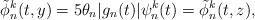
LaTeX: \begin{align*}\tilde{\phi}_n^k (t,y) = 5 \theta_n |g_n(t)|\psi_n^k(t) = \tilde{\phi}_n^k (t,z),\end{align*}